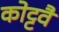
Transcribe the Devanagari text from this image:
कोट्टवै